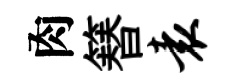
肉簮袁